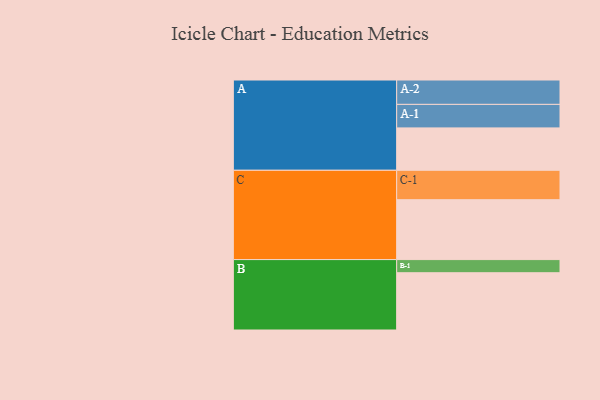
{"axis": {"x": "Segment", "y": "Value"}, "legend": ["", "A", "B", "C"], "data": [{"x": "A", "y": 339, "type": ""}, {"x": "B", "y": 458, "type": ""}, {"x": "C", "y": 479, "type": ""}, {"x": "A-1", "y": 188, "type": "A"}, {"x": "A-2", "y": 195, "type": "A"}, {"x": "B-1", "y": 105, "type": "B"}, {"x": "C-1", "y": 235, "type": "C"}]}